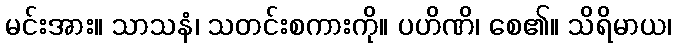
မင်းအား။ သာသနံ၊ သတင်းစကားကို။ ပဟိဏိ၊ စေ၏။ သိရိမာယ၊